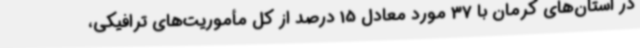
در استان‌های کرمان با 37 مورد معادل 15 درصد از کل مأموریت‌های ترافیکی،